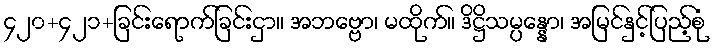
၄၂၀+၄၂၁+ခြင်းရောက်ခြင်းငှာ။ အဘဗ္ဗော၊ မထိုက်။ ဒိဋ္ဌိသမ္ပန္နော၊ အမြင်နှင့်ပြည့်စုံ